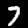
Digit: 7